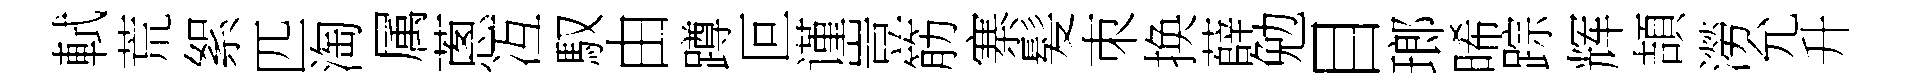
軾荒絮匹淘属蔥冱馭由蹲叵谨豈筋寨髪朿换薛勉目瑯晞踪辉頡澇允升